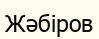
Жәбіров